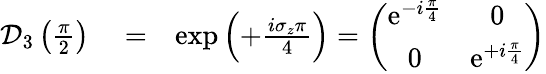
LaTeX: \begin{array}{rlr}{\mathcal{D}_{3}\left(\frac{\pi}{2}\right)}&{{}=}&{\exp\left(+\frac{i\sigma_{z}\pi}{4}\right)=\left(\begin{array}{cc}{\mathrm{e}^{-i\frac{\pi}{4}}}&{0}\\ {0}&{\mathrm{e}^{+i\frac{\pi}{4}}}\end{array}\right)}\end{array}